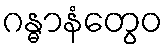
ဂန္ဓာနံတွေဝ